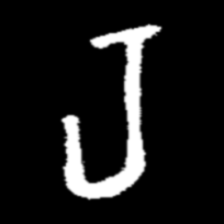
Pyu character \u2014 Myanmar letter: ရ (romanized: ra)